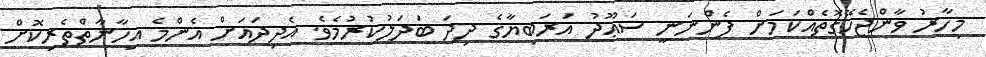
މިހާރު ވާންޖެހޭގޮތެއްކަމަށް ފެންނަނީ ސަޢޫދު އަރަބިޔާގެ ދިދަ ބަދަލުކުރުމެވެ. އެދިދައަށް އެންމެ އިހާނާތްތެރިކޮށް